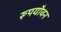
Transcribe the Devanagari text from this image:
रूपयौवन